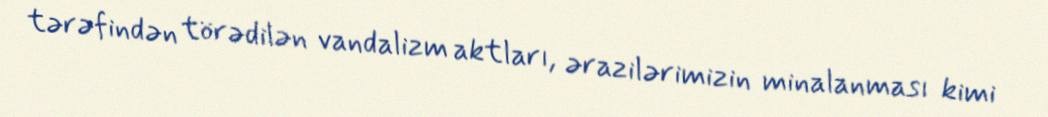
tərəfindən törədilən vandalizm aktları, ərazilərimizin minalanması kimi